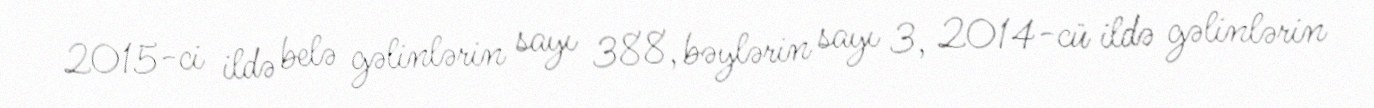
2015-ci ildə belə gəlinlərin sayı 388, bəylərin sayı 3, 2014-cü ildə gəlinlərin